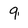
Character: 9